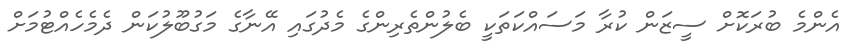
އެންމެ ބުރަކޮށް ސީޒަން ކުރާ މަސައްކަތަކީ ބެލުންތެރިންގެ މެދުގައި އޭނާގެ މަގުބޫލުކަން ދެމެހެއްޓުމަށް